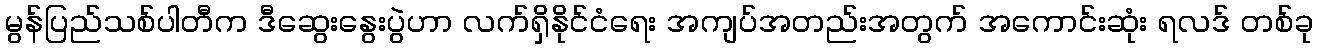
မွန်ပြည်သစ်ပါတီက ဒီဆွေးနွေးပွဲဟာ လက်ရှိနိုင်ငံရေး အကျပ်အတည်းအတွက် အကောင်းဆုံး ရလဒ် တစ်ခု